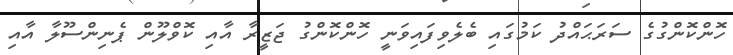
ހޮންކޮންގުގެ ސަރަޙައްދު ކަމުގައި ބެލެވިފައިވަނީ ހޮންކޮންގު ޖަޒީރާ އާއި ކޮވްލޫން ޕެނިންސޫލާ އާއި